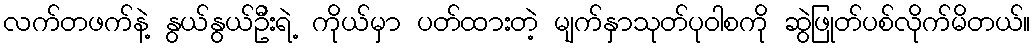
လက်တဖက်နဲ့ နွယ်နွယ်ဦးရဲ့ ကိုယ်မှာ ပတ်ထားတဲ့ မျက်နှာသုတ်ပုဝါစကို ဆွဲဖြုတ်ပစ်လိုက်မိတယ်။